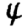
Digit: 4